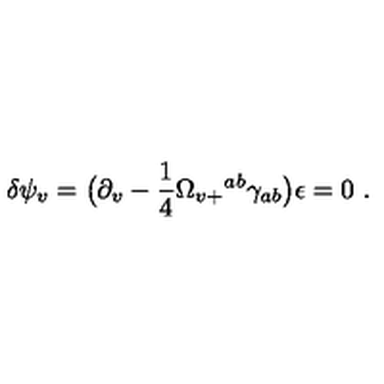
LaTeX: \delta \psi _ { v } = \bigl ( \partial _ { v } - { \frac { 1 } { 4 } } \Omega _ { v + } { } ^ { a b } \gamma _ { a b } \bigr ) \epsilon = 0 \ .